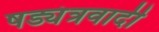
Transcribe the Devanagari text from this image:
षड्यंत्रवादी